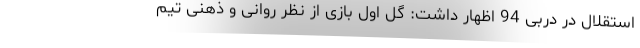
استقلال در دربی 94 اظهار داشت: گل اول بازی از نظر روانی و ذهنی تیم